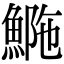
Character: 𩷿